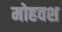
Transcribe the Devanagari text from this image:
मोहवश